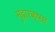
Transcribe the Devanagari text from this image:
मुद्रारक्षस